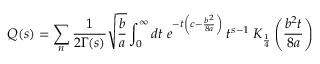
Q ( s ) = \sum _ { n } \frac { 1 } { 2 \Gamma ( s ) } \sqrt { \frac { b } { a } } \int _ { 0 } ^ { \infty } d t \; e ^ { - t \left( c - \frac { b ^ { 2 } } { 8 a } \right) } \; t ^ { s - 1 } \; K _ { \frac { 1 } { 4 } } \left( \frac { b ^ { 2 } t } { 8 a } \right)